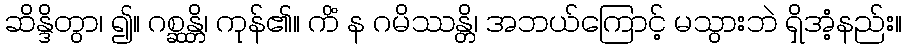
ဆိန္ဒိတွာ၊ ၍။ ဂစ္ဆန္တိ၊ ကုန်၏။ ကိံ န ဂမိဿန္တိ၊ အဘယ်ကြောင့် မသွားဘဲ ရှိအံ့နည်း။